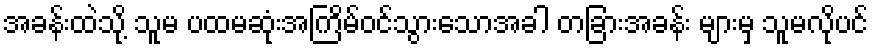
အခန်းထဲသို့ သူမ ပထမဆုံးအကြိမ်ဝင်သွားသောအခါ တခြားအခန်း များမှ သူမလိုပင်